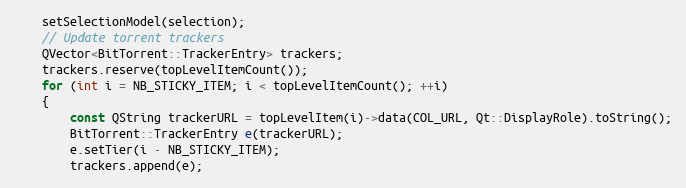
Language: C++
    setSelectionModel(selection);
    // Update torrent trackers
    QVector<BitTorrent::TrackerEntry> trackers;
    trackers.reserve(topLevelItemCount());
    for (int i = NB_STICKY_ITEM; i < topLevelItemCount(); ++i)
    {
        const QString trackerURL = topLevelItem(i)->data(COL_URL, Qt::DisplayRole).toString();
        BitTorrent::TrackerEntry e(trackerURL);
        e.setTier(i - NB_STICKY_ITEM);
        trackers.append(e);